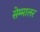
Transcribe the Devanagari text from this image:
सेम्मालर